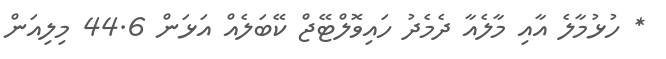
* ހުޅުމާލެ އާއި މާލެއާ ދެމެދު ހައިވޮލްޓޭޖް ކޭބަލެއް އަޅަން 44.6 މިލިއަން